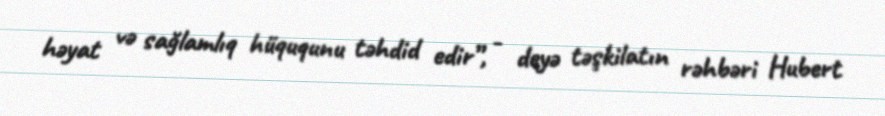
həyat və sağlamlıq hüququnu təhdid edir”, - deyə təşkilatın rəhbəri Hubert